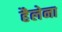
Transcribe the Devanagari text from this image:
हैलेना